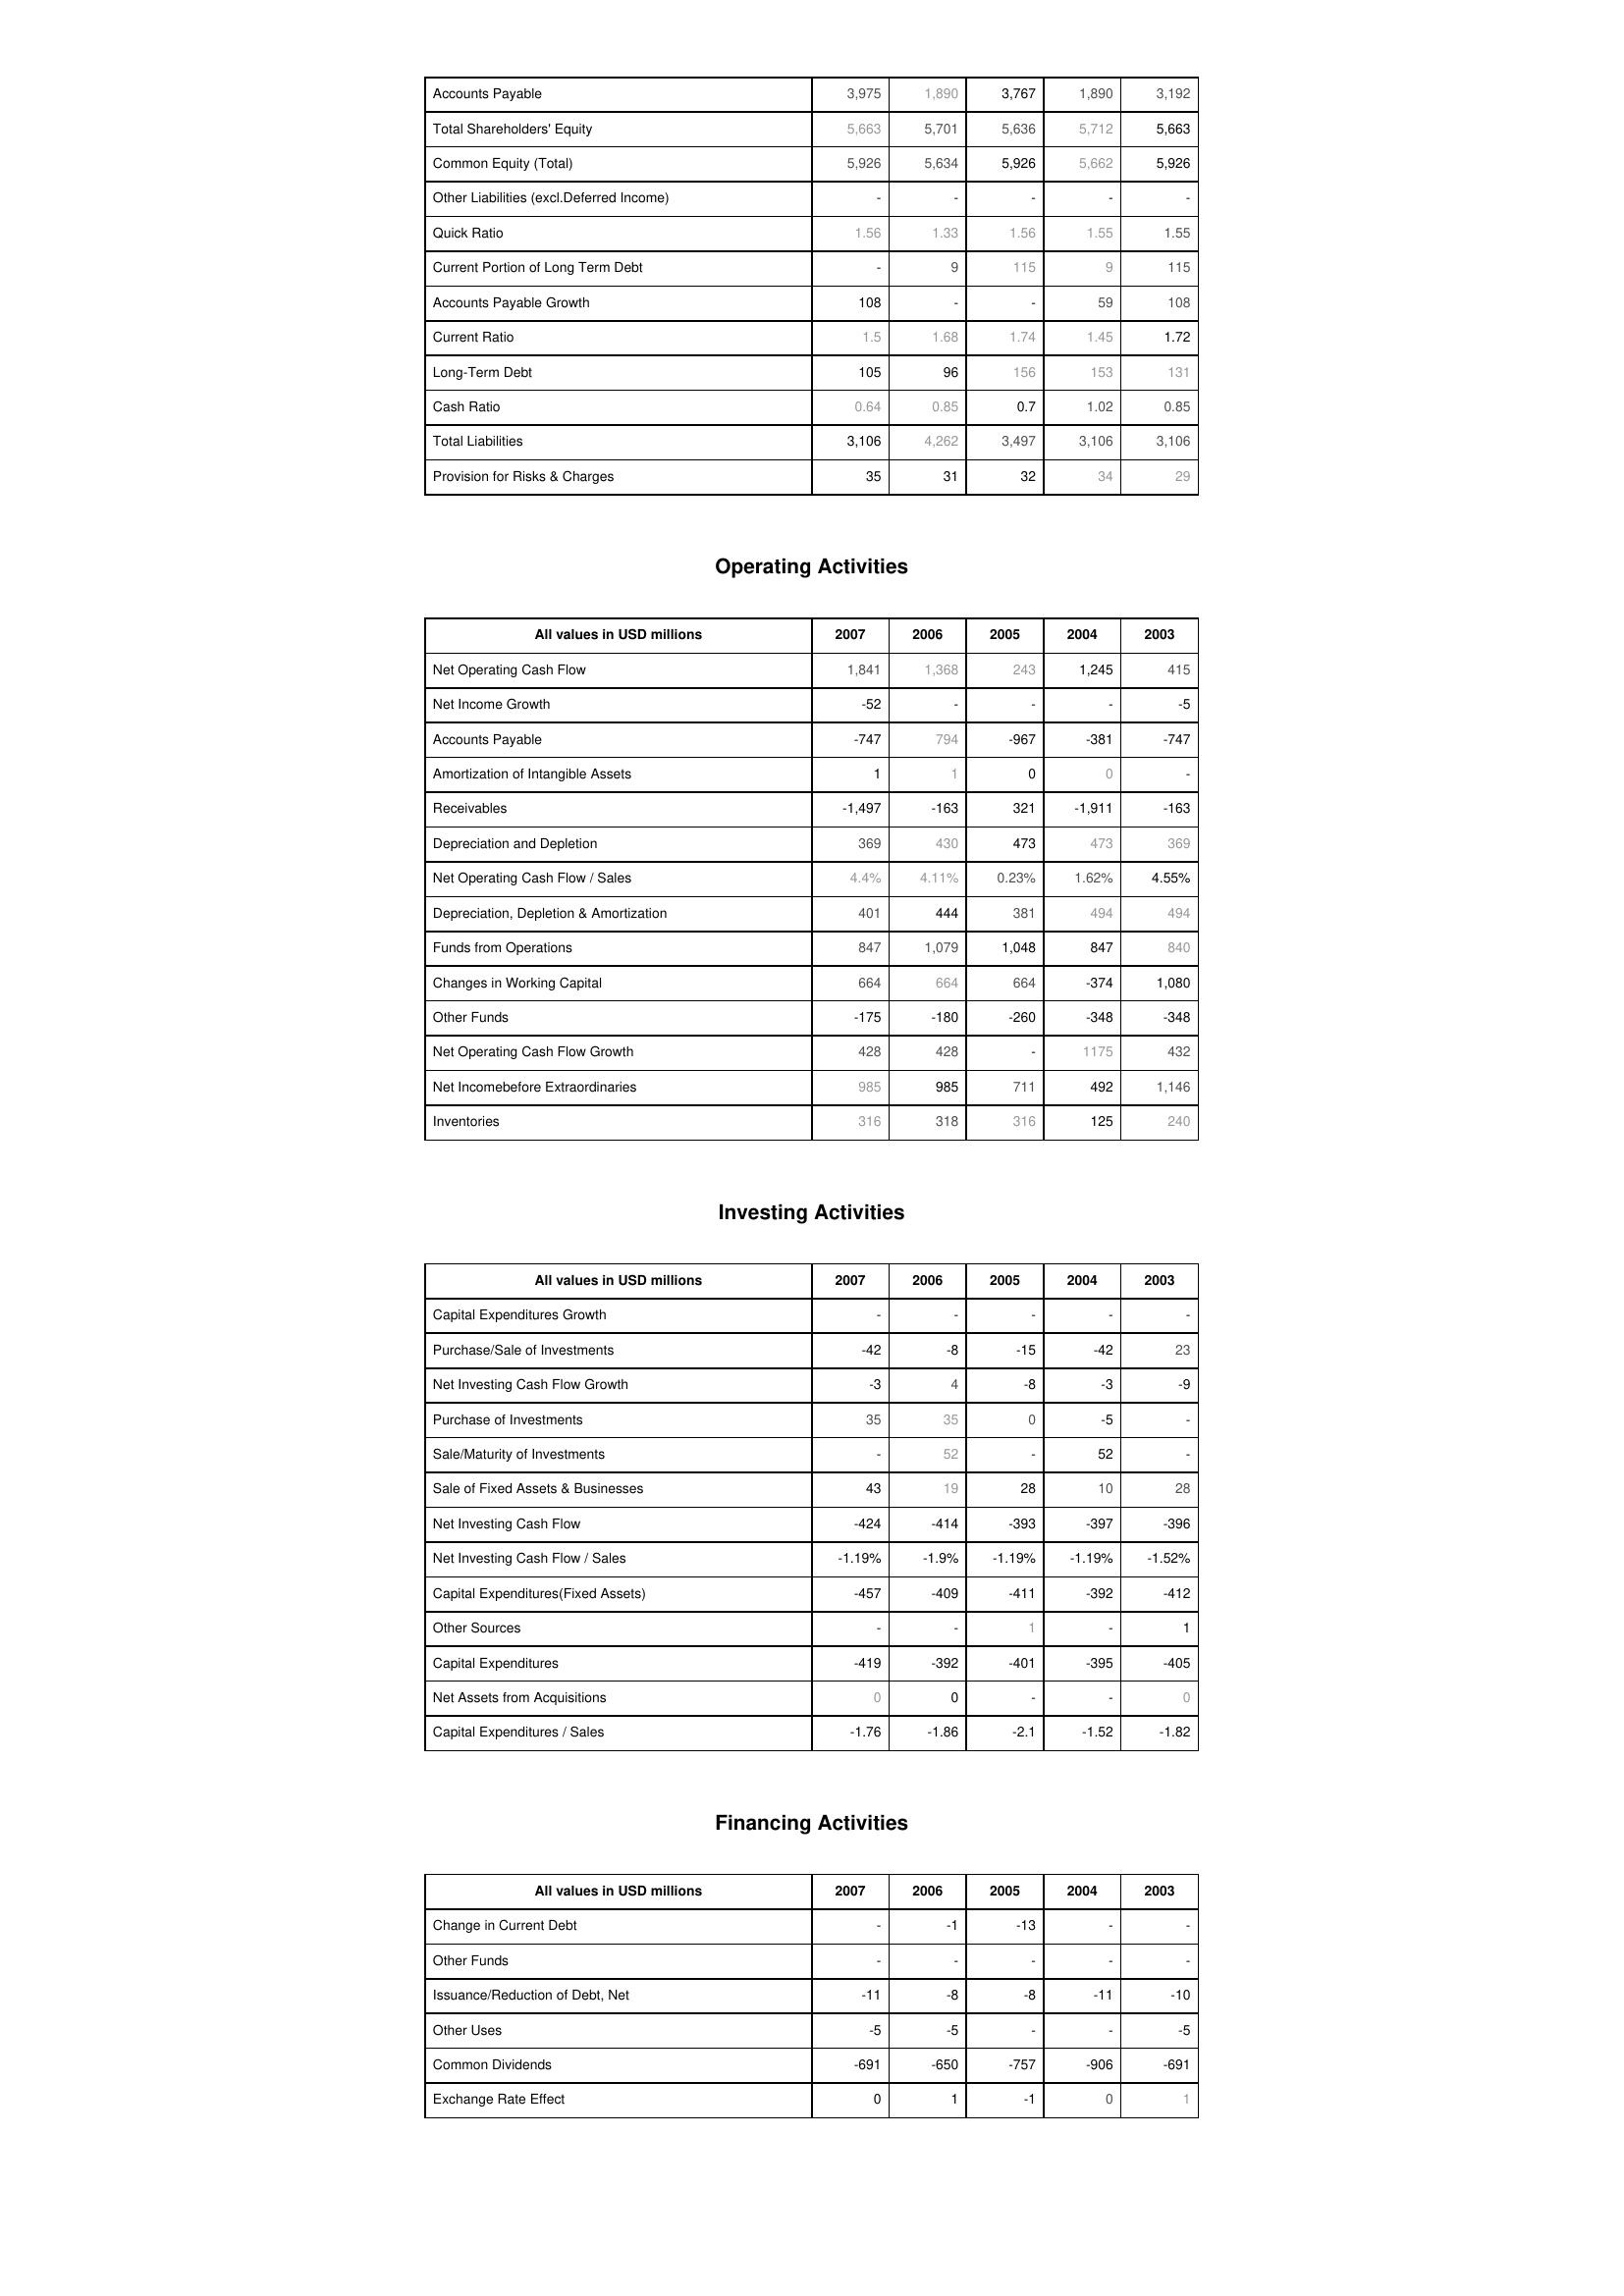
2007: Liabilities & Shareholder's Equity: Accounts Payable: 3,975
Total Shareholders' Equity: 5,663
Common Equity (Total): 5,926
Other Liabilities (excl.Deferred Income): -
Quick Ratio: 1.56
Current Portion of Long Term Debt: -
Accounts Payable Growth: 108
Current Ratio: 1.5
Long-Term Debt: 105
Cash Ratio: 0.64
Total Liabilities: 3,106
Provision for Risks & Charges: 35
Operating Activities: Net Operating Cash Flow: 1,841
Net Income Growth: -52
Accounts Payable: -747
Amortization of Intangible Assets: 1
Receivables: -1,497
Depreciation and Depletion: 369
Net Operating Cash Flow / Sales: 4.4%
Depreciation, Depletion & Amortization: 401
Funds from Operations: 847
Changes in Working Capital: 664
Other Funds: -175
Net Operating Cash Flow Growth: 428
Net Incomebefore Extraordinaries: 985
Inventories: 316
Investing Activities: Capital Expenditures Growth: -
Purchase/Sale of Investments: -42
Net Investing Cash Flow Growth: -3
Purchase of Investments: 35
Sale/Maturity of Investments: -
Sale of Fixed Assets & Businesses: 43
Net Investing Cash Flow: -424
Net Investing Cash Flow / Sales: -1.19%
Capital Expenditures(Fixed Assets): -457
Other Sources: -
Capital Expenditures: -419
Net Assets from Acquisitions: 0
Capital Expenditures / Sales: -1.76
Financing Activities: Change in Current Debt: -
Other Funds: -
Issuance/Reduction of Debt, Net: -11
Other Uses: -5
Common Dividends: -691
Exchange Rate Effect: 0
2006: Liabilities & Shareholder's Equity: Accounts Payable: 1,890
Total Shareholders' Equity: 5,701
Common Equity (Total): 5,634
Other Liabilities (excl.Deferred Income): -
Quick Ratio: 1.33
Current Portion of Long Term Debt: 9
Accounts Payable Growth: -
Current Ratio: 1.68
Long-Term Debt: 96
Cash Ratio: 0.85
Total Liabilities: 4,262
Provision for Risks & Charges: 31
Operating Activities: Net Operating Cash Flow: 1,368
Net Income Growth: -
Accounts Payable: 794
Amortization of Intangible Assets: 1
Receivables: -163
Depreciation and Depletion: 430
Net Operating Cash Flow / Sales: 4.11%
Depreciation, Depletion & Amortization: 444
Funds from Operations: 1,079
Changes in Working Capital: 664
Other Funds: -180
Net Operating Cash Flow Growth: 428
Net Incomebefore Extraordinaries: 985
Inventories: 318
Investing Activities: Capital Expenditures Growth: -
Purchase/Sale of Investments: -8
Net Investing Cash Flow Growth: 4
Purchase of Investments: 35
Sale/Maturity of Investments: 52
Sale of Fixed Assets & Businesses: 19
Net Investing Cash Flow: -414
Net Investing Cash Flow / Sales: -1.9%
Capital Expenditures(Fixed Assets): -409
Other Sources: -
Capital Expenditures: -392
Net Assets from Acquisitions: 0
Capital Expenditures / Sales: -1.86
Financing Activities: Change in Current Debt: -1
Other Funds: -
Issuance/Reduction of Debt, Net: -8
Other Uses: -5
Common Dividends: -650
Exchange Rate Effect: 1
2005: Liabilities & Shareholder's Equity: Accounts Payable: 3,767
Total Shareholders' Equity: 5,636
Common Equity (Total): 5,926
Other Liabilities (excl.Deferred Income): -
Quick Ratio: 1.56
Current Portion of Long Term Debt: 115
Accounts Payable Growth: -
Current Ratio: 1.74
Long-Term Debt: 156
Cash Ratio: 0.7
Total Liabilities: 3,497
Provision for Risks & Charges: 32
Operating Activities: Net Operating Cash Flow: 243
Net Income Growth: -
Accounts Payable: -967
Amortization of Intangible Assets: 0
Receivables: 321
Depreciation and Depletion: 473
Net Operating Cash Flow / Sales: 0.23%
Depreciation, Depletion & Amortization: 381
Funds from Operations: 1,048
Changes in Working Capital: 664
Other Funds: -260
Net Operating Cash Flow Growth: -
Net Incomebefore Extraordinaries: 711
Inventories: 316
Investing Activities: Capital Expenditures Growth: -
Purchase/Sale of Investments: -15
Net Investing Cash Flow Growth: -8
Purchase of Investments: 0
Sale/Maturity of Investments: -
Sale of Fixed Assets & Businesses: 28
Net Investing Cash Flow: -393
Net Investing Cash Flow / Sales: -1.19%
Capital Expenditures(Fixed Assets): -411
Other Sources: 1
Capital Expenditures: -401
Net Assets from Acquisitions: -
Capital Expenditures / Sales: -2.1
Financing Activities: Change in Current Debt: -13
Other Funds: -
Issuance/Reduction of Debt, Net: -8
Other Uses: -
Common Dividends: -757
Exchange Rate Effect: -1
2004: Liabilities & Shareholder's Equity: Accounts Payable: 1,890
Total Shareholders' Equity: 5,712
Common Equity (Total): 5,662
Other Liabilities (excl.Deferred Income): -
Quick Ratio: 1.55
Current Portion of Long Term Debt: 9
Accounts Payable Growth: 59
Current Ratio: 1.45
Long-Term Debt: 153
Cash Ratio: 1.02
Total Liabilities: 3,106
Provision for Risks & Charges: 34
Operating Activities: Net Operating Cash Flow: 1,245
Net Income Growth: -
Accounts Payable: -381
Amortization of Intangible Assets: 0
Receivables: -1,911
Depreciation and Depletion: 473
Net Operating Cash Flow / Sales: 1.62%
Depreciation, Depletion & Amortization: 494
Funds from Operations: 847
Changes in Working Capital: -374
Other Funds: -348
Net Operating Cash Flow Growth: 1175
Net Incomebefore Extraordinaries: 492
Inventories: 125
Investing Activities: Capital Expenditures Growth: -
Purchase/Sale of Investments: -42
Net Investing Cash Flow Growth: -3
Purchase of Investments: -5
Sale/Maturity of Investments: 52
Sale of Fixed Assets & Businesses: 10
Net Investing Cash Flow: -397
Net Investing Cash Flow / Sales: -1.19%
Capital Expenditures(Fixed Assets): -392
Other Sources: -
Capital Expenditures: -395
Net Assets from Acquisitions: -
Capital Expenditures / Sales: -1.52
Financing Activities: Change in Current Debt: -
Other Funds: -
Issuance/Reduction of Debt, Net: -11
Other Uses: -
Common Dividends: -906
Exchange Rate Effect: 0
2003: Liabilities & Shareholder's Equity: Accounts Payable: 3,192
Total Shareholders' Equity: 5,663
Common Equity (Total): 5,926
Other Liabilities (excl.Deferred Income): -
Quick Ratio: 1.55
Current Portion of Long Term Debt: 115
Accounts Payable Growth: 108
Current Ratio: 1.72
Long-Term Debt: 131
Cash Ratio: 0.85
Total Liabilities: 3,106
Provision for Risks & Charges: 29
Operating Activities: Net Operating Cash Flow: 415
Net Income Growth: -5
Accounts Payable: -747
Amortization of Intangible Assets: -
Receivables: -163
Depreciation and Depletion: 369
Net Operating Cash Flow / Sales: 4.55%
Depreciation, Depletion & Amortization: 494
Funds from Operations: 840
Changes in Working Capital: 1,080
Other Funds: -348
Net Operating Cash Flow Growth: 432
Net Incomebefore Extraordinaries: 1,146
Inventories: 240
Investing Activities: Capital Expenditures Growth: -
Purchase/Sale of Investments: 23
Net Investing Cash Flow Growth: -9
Purchase of Investments: -
Sale/Maturity of Investments: -
Sale of Fixed Assets & Businesses: 28
Net Investing Cash Flow: -396
Net Investing Cash Flow / Sales: -1.52%
Capital Expenditures(Fixed Assets): -412
Other Sources: 1
Capital Expenditures: -405
Net Assets from Acquisitions: 0
Capital Expenditures / Sales: -1.82
Financing Activities: Change in Current Debt: -
Other Funds: -
Issuance/Reduction of Debt, Net: -10
Other Uses: -5
Common Dividends: -691
Exchange Rate Effect: 1